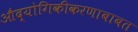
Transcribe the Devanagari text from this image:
औद्योगिकीकरणाबाबत